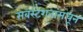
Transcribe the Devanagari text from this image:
सबस्टेशनांमधून